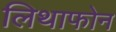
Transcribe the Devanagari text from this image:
लिथाफोन